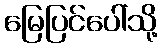
မြေပြင်ပေါ်သို့